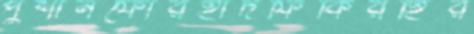
পুশানফোরহাদফিকিরহির